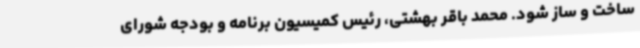
ساخت و ساز شود. محمد باقر بهشتی، رئیس کمیسیون برنامه و بودجه شورای